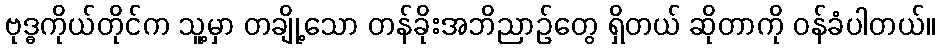
ဗုဒ္ဓကိုယ်တိုင်က သူ့မှာ တချို့သော တန်ခိုးအဘိညာဉ်တွေ ရှိတယ် ဆိုတာကို ဝန်ခံပါတယ်။